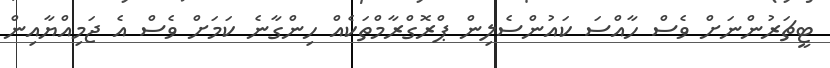
ޓީޗަރުންނަށް ވެސް ހާއްސަ ކައުންސެލިން ޕްރޮގްރާމްތަކެއް ހިންގާނެ ކަމަށް ވެސް އެ ޖަމިއްޔާއިން